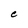
Character: C